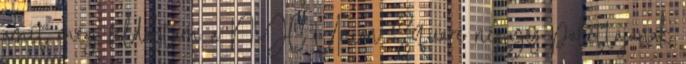
amit még feldobtam a NYC Union Square négyes palettájának